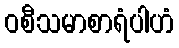
ဝစီသမာစာရံပါဟံ